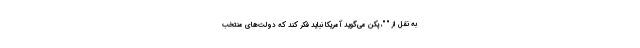
به نقل از " "، پکن می‌گوید آمریکا نباید فکر کند که دولت‌های منتخب